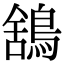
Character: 鵨